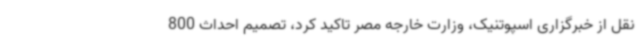
نقل از خبرگزاری اسپوتنیک، وزارت خارجه مصر تاکید کرد، تصمیم احداث 800